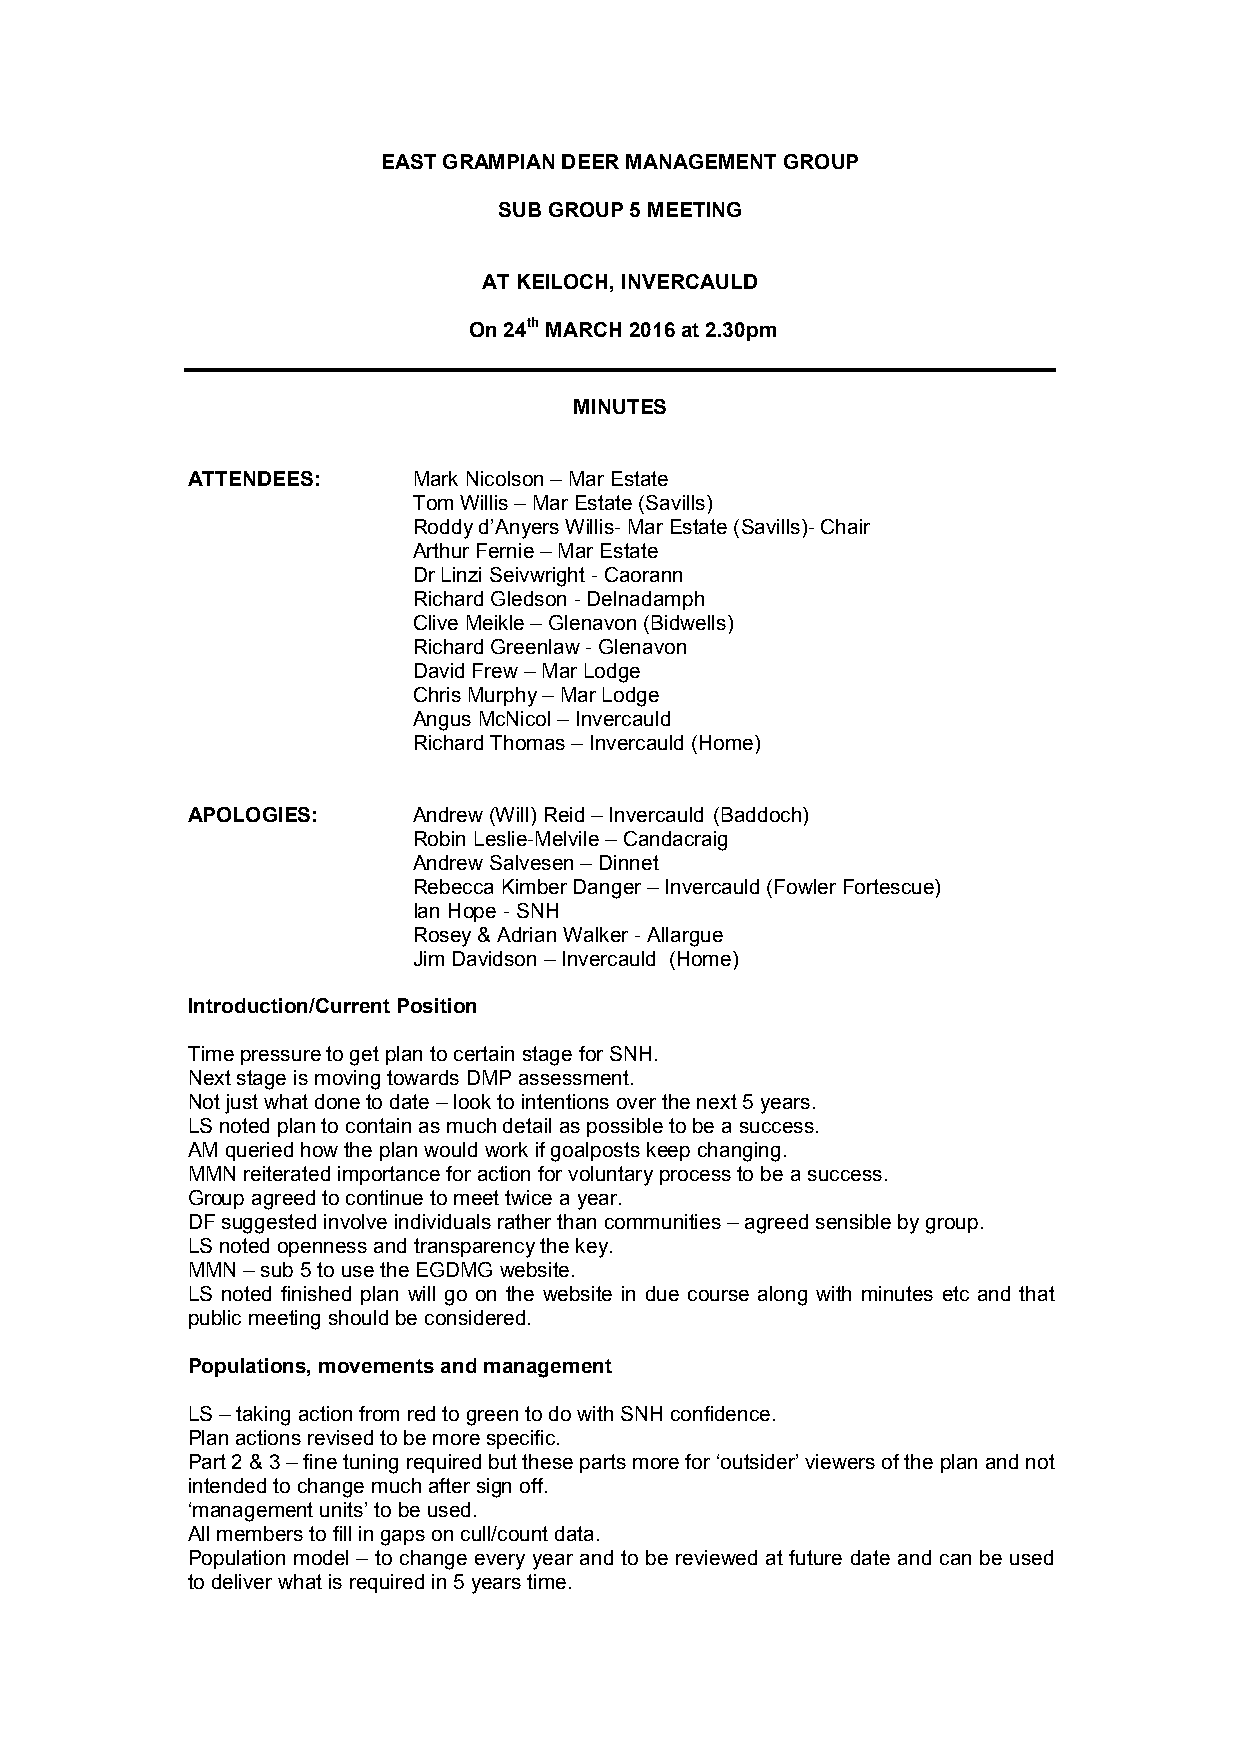
EAST GRAMPIAN DEER MANAGEMENT GROUP
 SUB GROUP 5 MEETING
 AT KEILOCH, INVERCAULD
 On 24th MARCH 2016 at 2.30pm
 MINUTES
 ATTENDEES: Mark Nicolson – Mar Estate
 Tom Willis – Mar Estate (Savills)
 Roddy d’Anyers Willis- Mar Estate (Savills)- Chair
 Arthur Fernie – Mar Estate
 Dr Linzi Seivwright - Caorann
 Richard Gledson - Delnadamph
 Clive Meikle – Glenavon (Bidwells)
 Richard Greenlaw - Glenavon
 David Frew – Mar Lodge
 Chris Murphy – Mar Lodge
 Angus McNicol – Invercauld
 Richard Thomas – Invercauld (Home)
 APOLOGIES:     Andrew (Will) Reid – Invercauld (Baddoch)
 Robin Leslie-Melvile – Candacraig
 Andrew Salvesen – Dinnet
 Rebecca Kimber Danger – Invercauld (Fowler Fortescue)
 Ian Hope - SNH
 Rosey & Adrian Walker - Allargue
 Jim Davidson – Invercauld (Home)
 Introduction/Current Position
 Time pressure to get plan to certain stage for SNH.
 Next stage is moving towards DMP assessment.
 Not just what done to date – look to intentions over the next 5 years.
 LS noted plan to contain as much detail as possible to be a success.
 AM queried how the plan would work if goalposts keep changing.
 MMN reiterated importance for action for voluntary process to be a success.
 Group agreed to continue to meet twice a year.
 DF suggested involve individuals rather than communities – agreed sensible by group.
 LS noted openness and transparency the key.
 MMN – sub 5 to use the EGDMG website.
 LS noted finished plan will go on the website in due course along with minutes etc and that
 public meeting should be considered.
 Populations, movements and management
 LS – taking action from red to green to do with SNH confidence.
 Plan actions revised to be more specific.
 Part 2 & 3 – fine tuning required but these parts more for ‘outsider’ viewers of the plan and not
 intended to change much after sign off.
 ‘management units’ to be used.
 All members to fill in gaps on cull/count data.
 Population model – to change every year and to be reviewed at future date and can be used
 to deliver what is required in 5 years time.